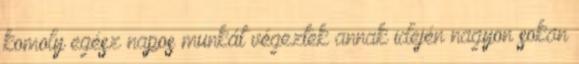
komoly egész napos munkát végeztek annak idején nagyon sokan